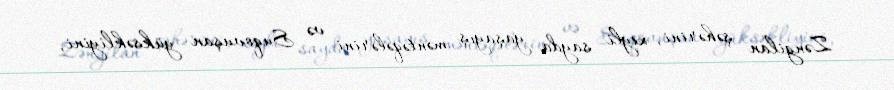
Zəngilan şəhərini, xeyli sayda yaşayış məntəqələrini və Suqovuşan yüksəkliyini,